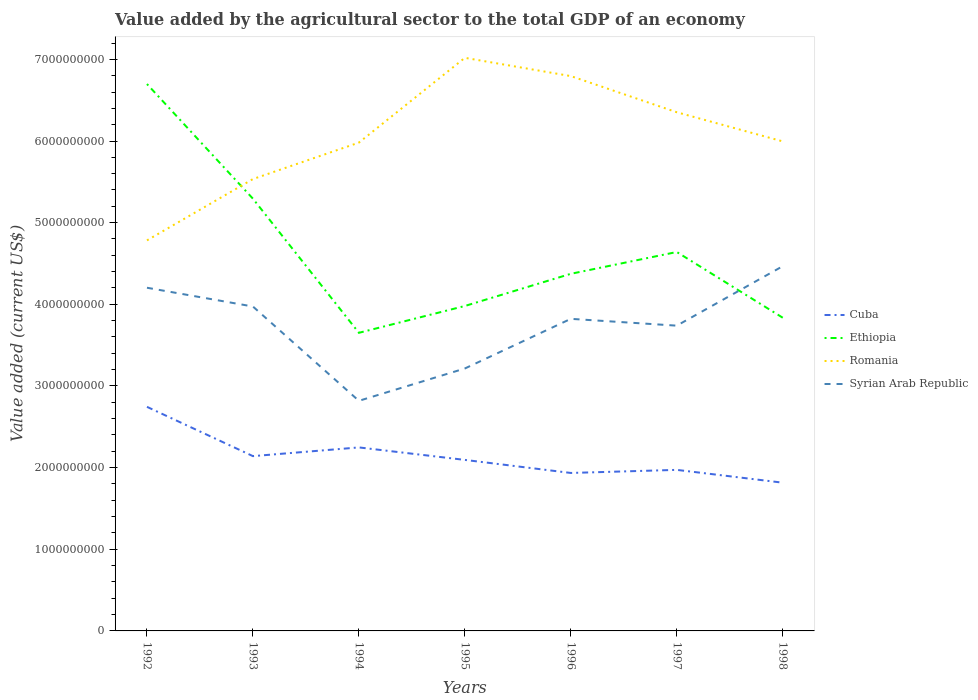
| Years | Cuba | Ethiopia | Romania | Syrian Arab Republic |
 | --- | --- | --- | --- | --- |
 | 1992 | 2.74e+09 | 6.7e+09 | 4.78e+09 | 4.2e+09 |
 | 1993 | 2.14e+09 | 5.29e+09 | 5.53e+09 | 3.97e+09 |
 | 1994 | 2.25e+09 | 3.65e+09 | 5.98e+09 | 2.82e+09 |
 | 1995 | 2.09e+09 | 3.98e+09 | 7.02e+09 | 3.21e+09 |
 | 1996 | 1.93e+09 | 4.37e+09 | 6.8e+09 | 3.82e+09 |
 | 1997 | 1.97e+09 | 4.64e+09 | 6.35e+09 | 3.74e+09 |
 | 1998 | 1.82e+09 | 3.84e+09 | 6e+09 | 4.47e+09 |